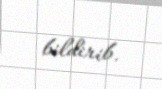
bildirib.